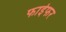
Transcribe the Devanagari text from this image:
फाईफर